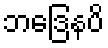
ဘဒြေနပိ